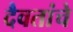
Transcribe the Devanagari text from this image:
दैवतांचे